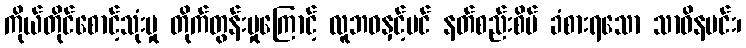
ကိုယ်တိုင်စောင့်သုံးမှု တိုက်တွန်းမှုကြောင့် လူဘဝနှင့်ပင် နတ်စည်းစိမ် ခံစားရသော သာဓိနမင်း၊